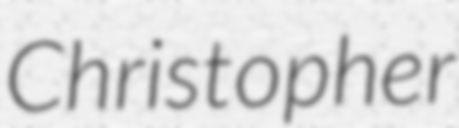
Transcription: Christopher